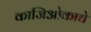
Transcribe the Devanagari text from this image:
काजिओकाचे